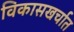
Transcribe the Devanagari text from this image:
विकासखर्चात